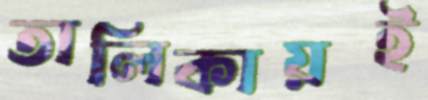
তালিকায়ই